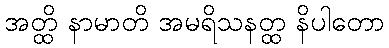
အတ္ထိ နာမာတိ အမရိသနတ္ထ နိပါတော